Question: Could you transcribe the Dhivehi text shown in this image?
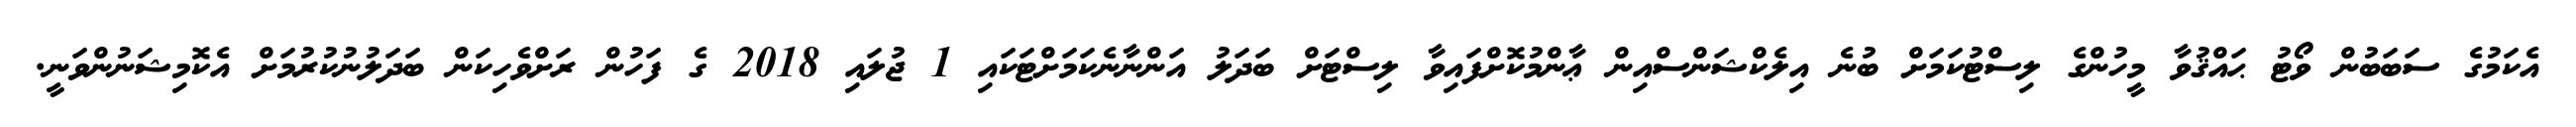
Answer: އެކަމުގެ ސަބަބުން ވޯޓު ޙައްޤުވާ މީހުންގެ ލިސްޓުކަމަށް ބުނެ އިލެކްޝަންސްއިން ޢާންމުކޮށްފައިވާ ލިސްޓަށް ބަދަލު އަންނާނެކަމަށްޓަކައި 1 ޖުލައި 2018 ގެ ފަހުން ރަށްވެހިކަން ބަދަލުނުކުރުމަށް އެކޮމިޝަނުންވަނީ.